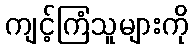
ကျင့်ကြံသူများကို